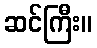
ဆင်ကြီး။